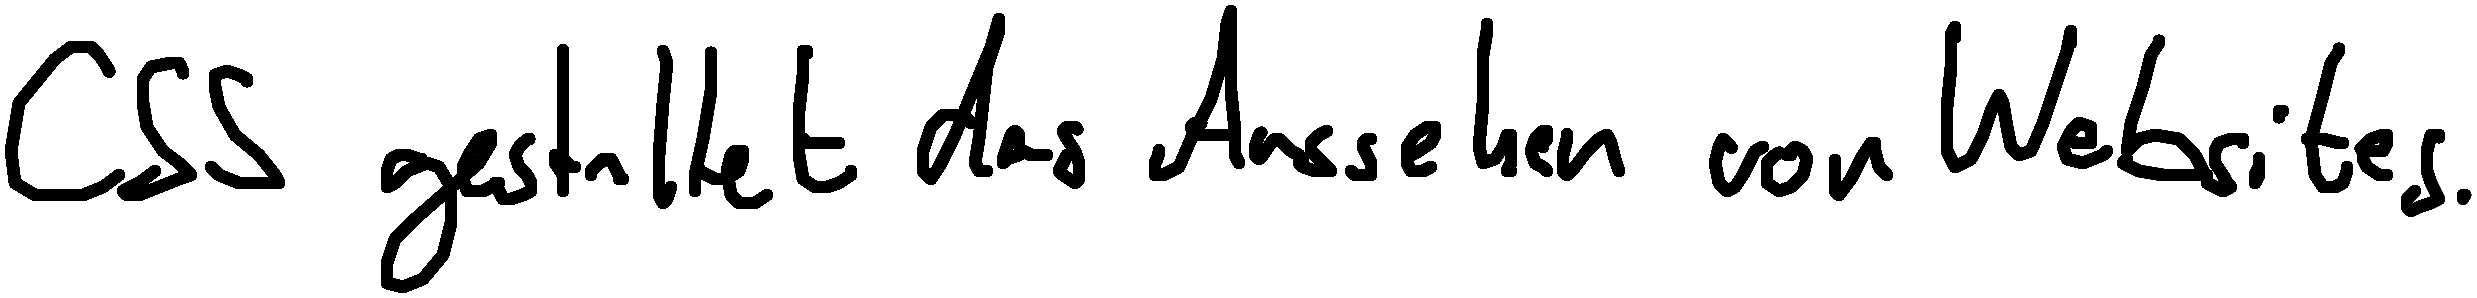
CSS gestaltet das Aussehen von Websites.